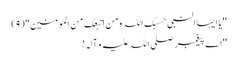
''یا ایہا النبی حسبک اللہ ومن اتبعک من المومنین ''(٩)
''اے پیغمبر صلی اللہ علیہ و آلہ!